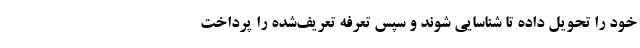
خود را تحویل داده تا شناسایی شوند و سپس تعرفه تعریف‌شده را پرداخت